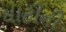
ઘાટીની